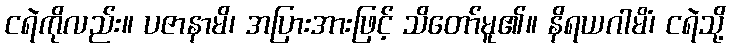
ငရဲကိုလည်း။ ပဇာနာမိ၊ အပြားအားဖြင့် သိတော်မူ၏။ နိရယဂါမိံ၊ ငရဲသို့